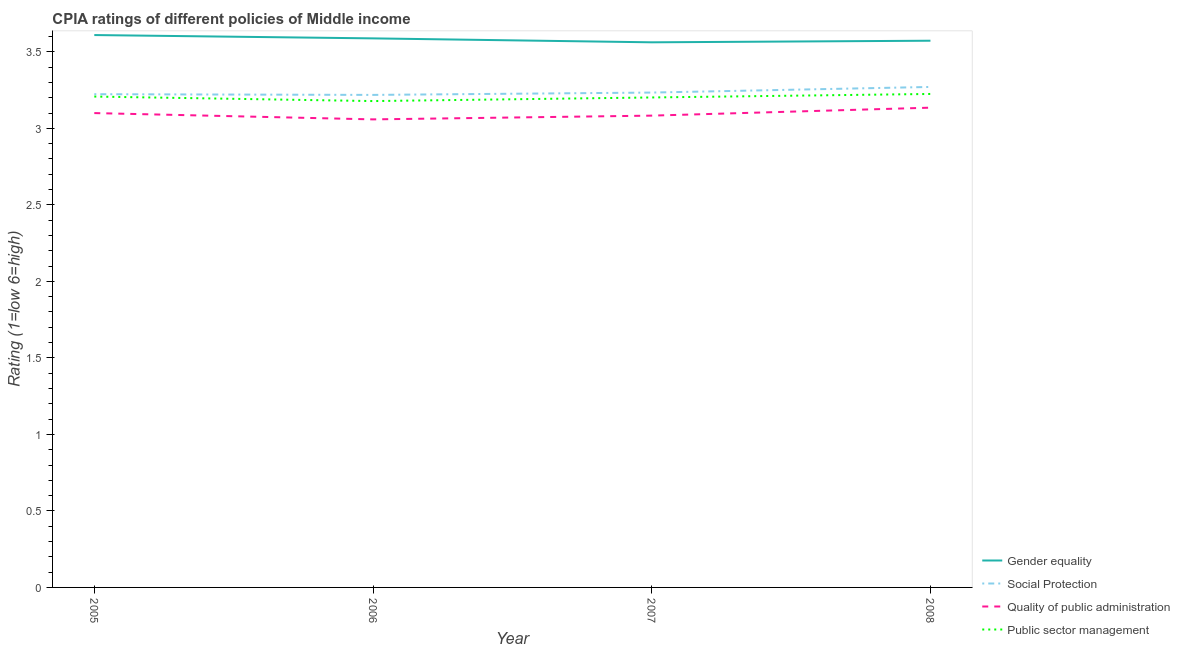
| Year | Gender equality | Social Protection | Quality of public administration | Public sector management |
 | --- | --- | --- | --- | --- |
 | 2005 | 3.61 | 3.22 | 3.1 | 3.21 |
 | 2006 | 3.59 | 3.22 | 3.06 | 3.18 |
 | 2007 | 3.56 | 3.23 | 3.08 | 3.2 |
 | 2008 | 3.57 | 3.27 | 3.14 | 3.23 |